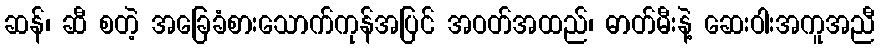
ဆန်၊ ဆီ စတဲ့ အခြေခံစားသောက်ကုန်အပြင် အဝတ်အထည်၊ ဓာတ်မီးနဲ့ ဆေးဝါးအကူအညီ